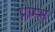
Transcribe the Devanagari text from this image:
प्राम्‍भ